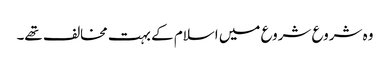
وہ شروع شروع میں اسلام کے بہت مخالف تھے۔